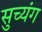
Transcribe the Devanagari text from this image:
सुच्यंग